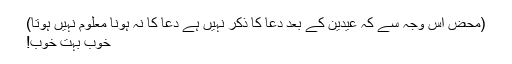
(محض اس وجہ سے کہ عیدین کے بعد دعا کا ذکر نہیں ہے دعا کا نہ ہونا معلوم نہیں ہوتا)
خوب بہت خوب!